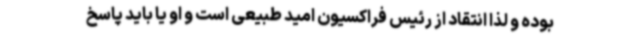
بوده و لذا انتقاد از رئیس فراکسیون امید طبیعی است و او یا باید پاسخ